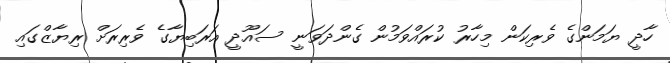
ހާދީ ޔަމަންގެ ވެރިކަން މިހާރު ކުރައްވަމުން ގެންދަވަނީ ސައޫދީ އަރަބިޔާގެ ވެރިރަށް ރިޔާޒްގައި